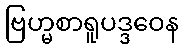
ဗြဟ္မစာရူပဒ္ဒဝေန